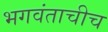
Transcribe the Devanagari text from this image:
भगवंताचीच